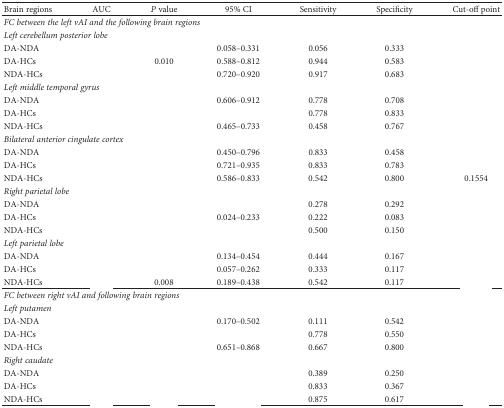
<table><thead><tr><td><b>Brain regions</b></td><td><b>AUC</b></td><td><b><i>P</i> value</b></td><td><b>95% CI</b></td><td><b>Sensitivity</b></td><td><b>Specificity</b></td><td><b>Cut-off point</b></td></tr></thead><tbody><tr><td colspan="7"><i>FC between the left vAI and the following brain regions</i></td></tr><tr><td colspan="7"><i>Left cerebellum posterior lobe</i></td></tr><tr><td>DA-NDA</td><td>[EMPTY_CELL]</td><td>[EMPTY_CELL]</td><td>0.058–0.331</td><td>0.056</td><td>0.333</td><td>[EMPTY_CELL]</td></tr><tr><td>DA-HCs</td><td>[EMPTY_CELL]</td><td>0.010</td><td>0.588–0.812</td><td>0.944</td><td>0.583</td><td>[EMPTY_CELL]</td></tr><tr><td>NDA-HCs</td><td>[EMPTY_CELL]</td><td>[EMPTY_CELL]</td><td>0.720–0.920</td><td>0.917</td><td>0.683</td><td>[EMPTY_CELL]</td></tr><tr><td colspan="7"><i>Left middle temporal gyrus</i></td></tr><tr><td>DA-NDA</td><td>[EMPTY_CELL]</td><td>[EMPTY_CELL]</td><td>0.606–0.912</td><td>0.778</td><td>0.708</td><td>[EMPTY_CELL]</td></tr><tr><td>DA-HCs</td><td>[EMPTY_CELL]</td><td>[EMPTY_CELL]</td><td>[EMPTY_CELL]</td><td>0.778</td><td>0.833</td><td>[EMPTY_CELL]</td></tr><tr><td>NDA-HCs</td><td>[EMPTY_CELL]</td><td>[EMPTY_CELL]</td><td>0.465–0.733</td><td>0.458</td><td>0.767</td><td>[EMPTY_CELL]</td></tr><tr><td colspan="7"><i>Bilateral anterior cingulate cortex</i></td></tr><tr><td>DA-NDA</td><td>[EMPTY_CELL]</td><td>[EMPTY_CELL]</td><td>0.450–0.796</td><td>0.833</td><td>0.458</td><td>[EMPTY_CELL]</td></tr><tr><td>DA-HCs</td><td>[EMPTY_CELL]</td><td>[EMPTY_CELL]</td><td>0.721–0.935</td><td>0.833</td><td>0.783</td><td>[EMPTY_CELL]</td></tr><tr><td>NDA-HCs</td><td>[EMPTY_CELL]</td><td>[EMPTY_CELL]</td><td>0.586–0.833</td><td>0.542</td><td>0.800</td><td>0.1554</td></tr><tr><td colspan="7"><i>Right parietal lobe</i></td></tr><tr><td>DA-NDA</td><td>[EMPTY_CELL]</td><td>[EMPTY_CELL]</td><td>[EMPTY_CELL]</td><td>0.278</td><td>0.292</td><td>[EMPTY_CELL]</td></tr><tr><td>DA-HCs</td><td>[EMPTY_CELL]</td><td>[EMPTY_CELL]</td><td>0.024–0.233</td><td>0.222</td><td>0.083</td><td>[EMPTY_CELL]</td></tr><tr><td>NDA-HCs</td><td>[EMPTY_CELL]</td><td>[EMPTY_CELL]</td><td>[EMPTY_CELL]</td><td>0.500</td><td>0.150</td><td>[EMPTY_CELL]</td></tr><tr><td colspan="7"><i>Left parietal lobe</i></td></tr><tr><td>DA-NDA</td><td>[EMPTY_CELL]</td><td>[EMPTY_CELL]</td><td>0.134–0.454</td><td>0.444</td><td>0.167</td><td>[EMPTY_CELL]</td></tr><tr><td>DA-HCs</td><td>[EMPTY_CELL]</td><td>[EMPTY_CELL]</td><td>0.057–0.262</td><td>0.333</td><td>0.117</td><td>[EMPTY_CELL]</td></tr><tr><td>NDA-HCs</td><td>[EMPTY_CELL]</td><td>0.008</td><td>0.189–0.438</td><td>0.542</td><td>0.117</td><td>[EMPTY_CELL]</td></tr><tr><td colspan="7"><i>FC between right vAI and following brain regions</i></td></tr><tr><td colspan="7"><i>Left putamen</i></td></tr><tr><td>DA-NDA</td><td>[EMPTY_CELL]</td><td>[EMPTY_CELL]</td><td>0.170–0.502</td><td>0.111</td><td>0.542</td><td>[EMPTY_CELL]</td></tr><tr><td>DA-HCs</td><td>[EMPTY_CELL]</td><td>[EMPTY_CELL]</td><td>[EMPTY_CELL]</td><td>0.778</td><td>0.550</td><td>[EMPTY_CELL]</td></tr><tr><td>NDA-HCs</td><td>[EMPTY_CELL]</td><td>[EMPTY_CELL]</td><td>0.651–0.868</td><td>0.667</td><td>0.800</td><td>[EMPTY_CELL]</td></tr><tr><td colspan="7"><i>Right caudate</i></td></tr><tr><td>DA-NDA</td><td>[EMPTY_CELL]</td><td>[EMPTY_CELL]</td><td>[EMPTY_CELL]</td><td>0.389</td><td>0.250</td><td>[EMPTY_CELL]</td></tr><tr><td>DA-HCs</td><td>[EMPTY_CELL]</td><td>[EMPTY_CELL]</td><td>[EMPTY_CELL]</td><td>0.833</td><td>0.367</td><td>[EMPTY_CELL]</td></tr><tr><td>NDA-HCs</td><td>[EMPTY_CELL]</td><td>[EMPTY_CELL]</td><td>[EMPTY_CELL]</td><td>0.875</td><td>0.617</td><td>[EMPTY_CELL]</td></tr></tbody></table>